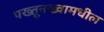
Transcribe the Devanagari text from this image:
पख्तूनख्वामधील